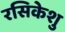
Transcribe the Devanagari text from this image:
रसिकेशु